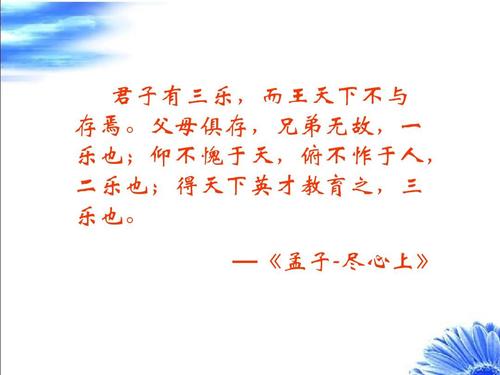
君子有三乐，而王天下不与存焉。